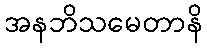
အနဘိသမေတာနိ